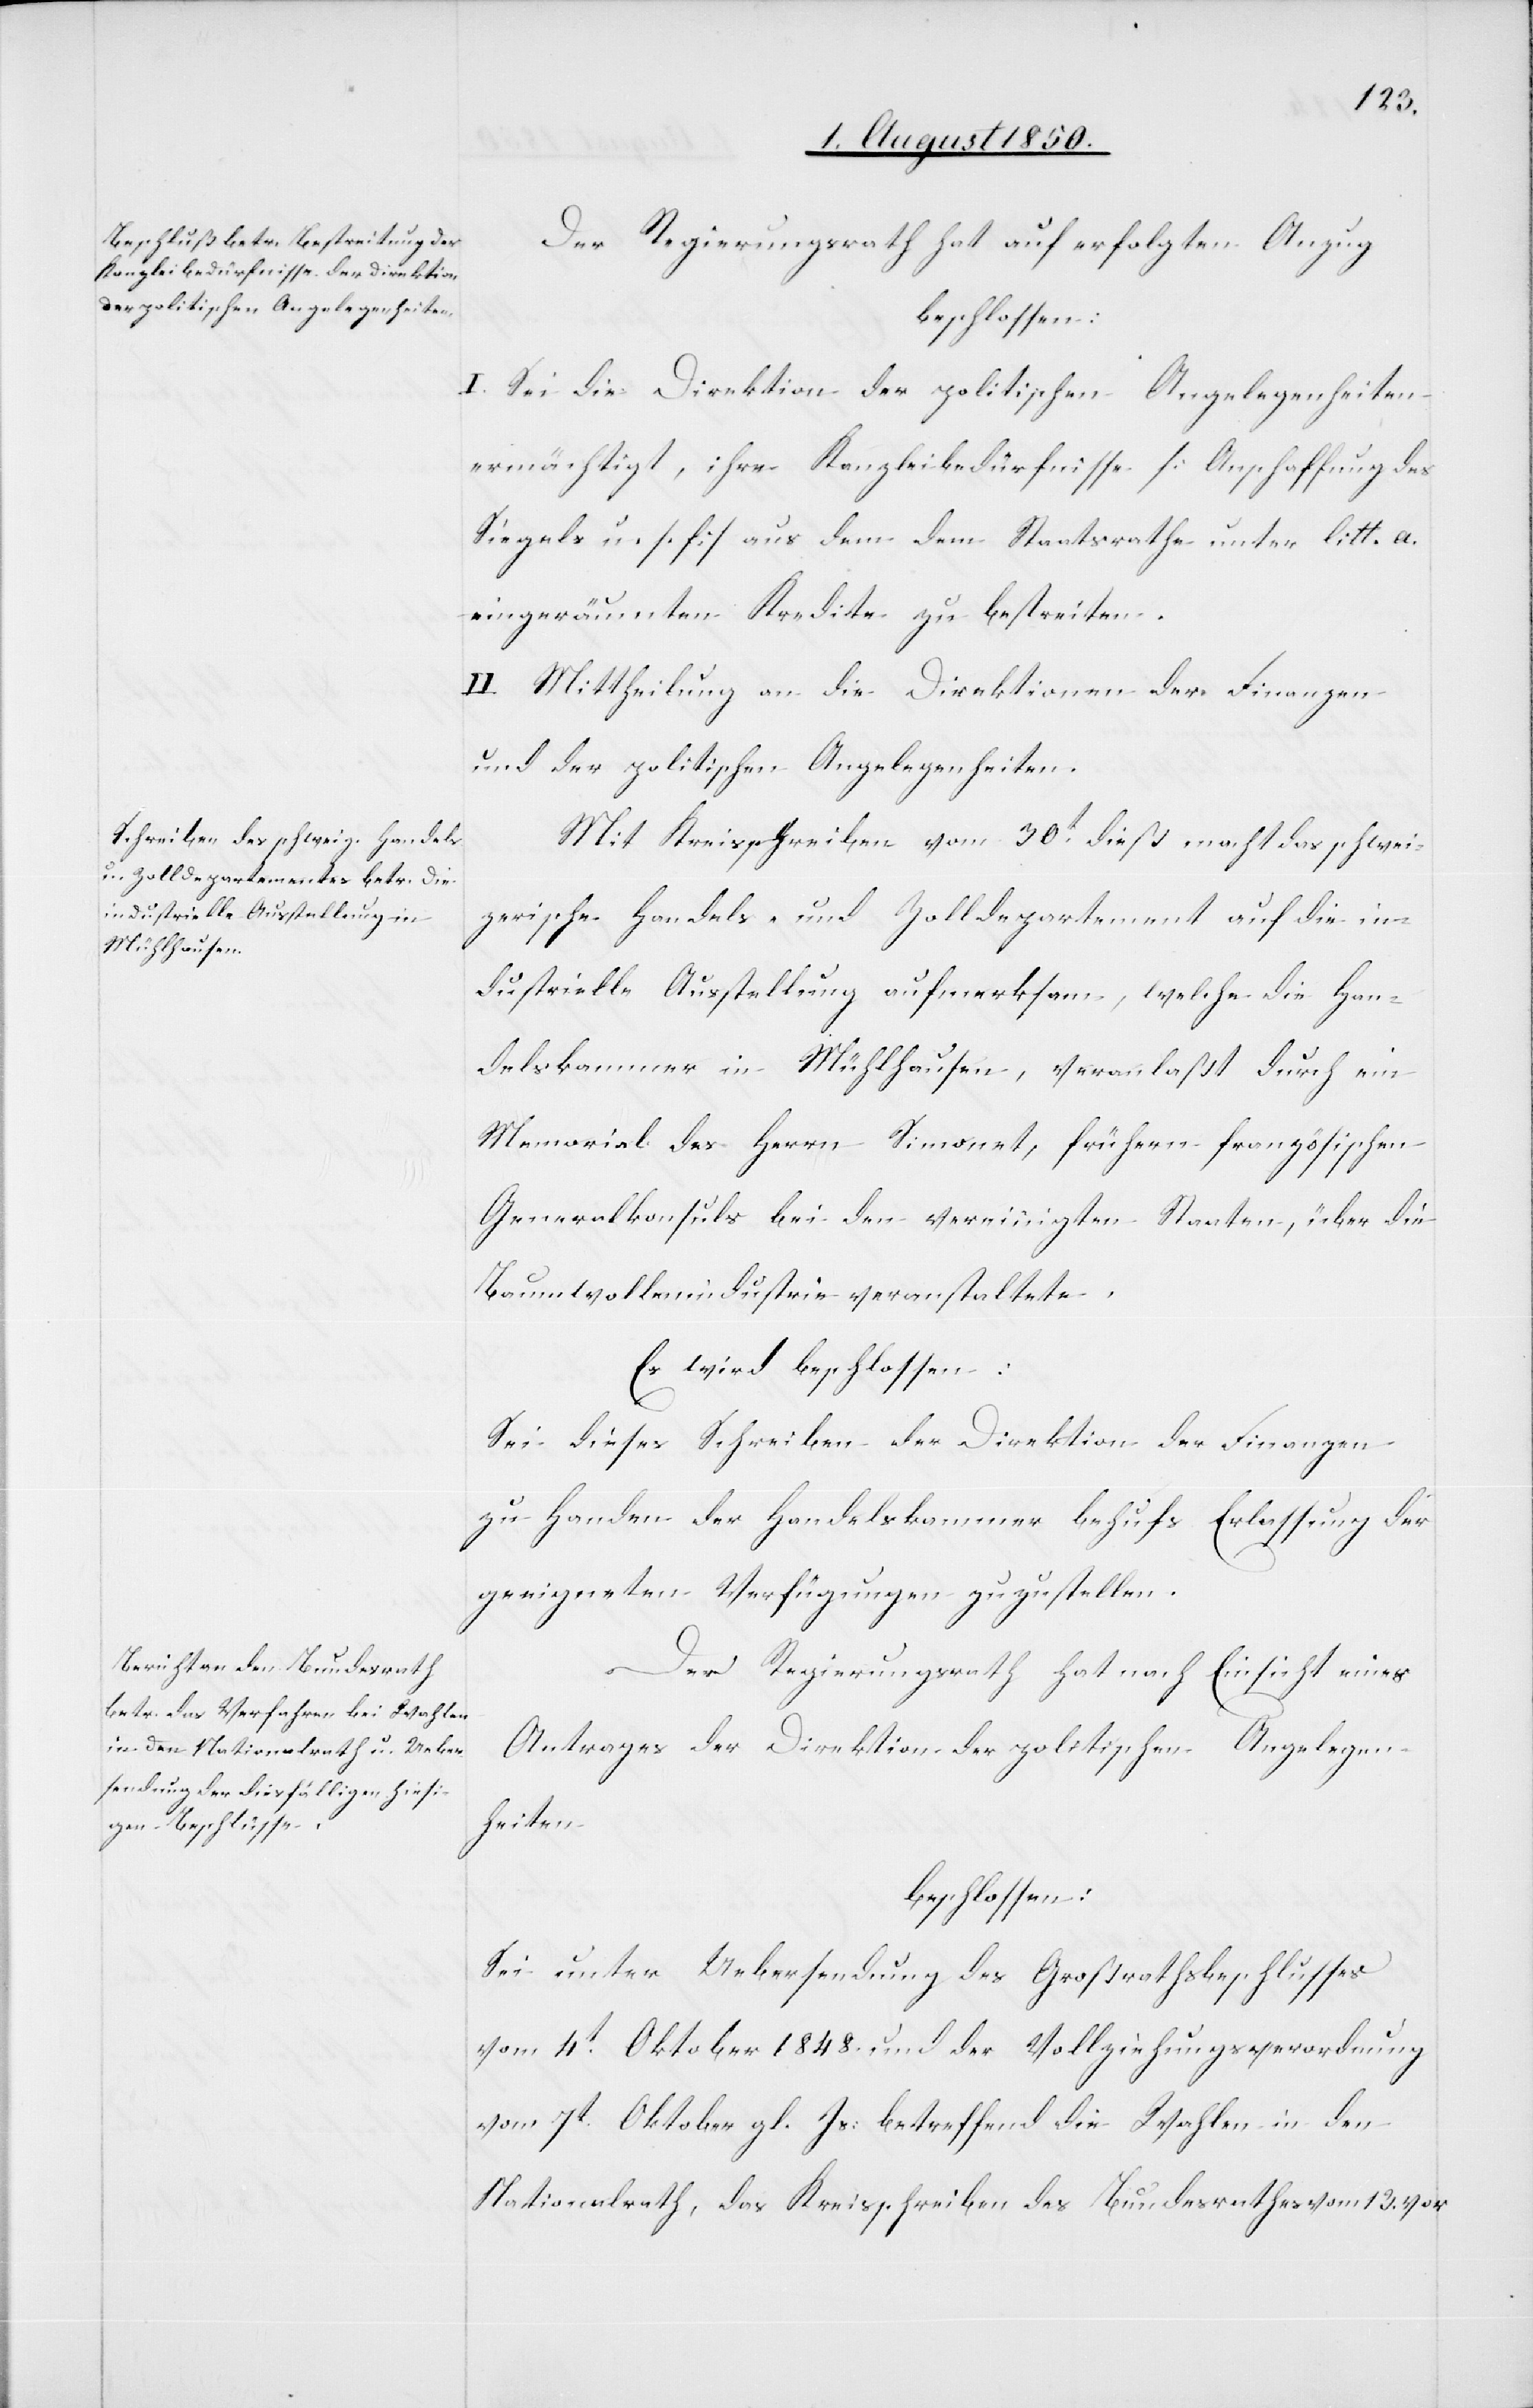
schwei¬
Der Regierungsrath hat auf erfolgten Anzug
beschlossen:
I. Sei die Direktion der politischen Angelegenheiten
ermächtigt, ihre Kanzleibedürfnisse [Anschaffung des
Siegels u. s. f.] aus dem dem Staatsrathe unter litt. a.
eingeräumten Kredite zu bestreiten.
II. Mittheilung an die Direktion der Finanzen
und der politischen Angelegenheiten.
Mit Kreisschreiben vom 30t dieß [recte: v.
zerische Handels- und Zolldepartement auf die in¬
dustrielle Ausstellung aufmerksam, welche die Han¬
delskammer in Mühlhausen, veranlaßt durch ein
Memorial des Herrn Simonet, frühern französischen
Generalkonsuls bei den vereinigten Staaten, über die
Baumwollenindustrie veranstaltete.
Es wird beschlossen:
Sei dieses Schreiben der Direktion der Finanzen
zu Handen der Handelskammer behufs Erlassung der
geeigneten Verfügungen zuzustellen.
Der Regierungsrath hat nach Einsicht eines
Antrages der Direktion der politischen Angelegen¬
heiten
beschlossen:
Sei unter Uebersendung des Großrathsbeschlusses
vom 4t Oktober 1848 und der Vollziehungsverordnung
vom 7t Oktober gl. Js: betreffend die Wahlen in den
Nationalrath, das Kreisschreiben des Bundesrathes vom 13. vor